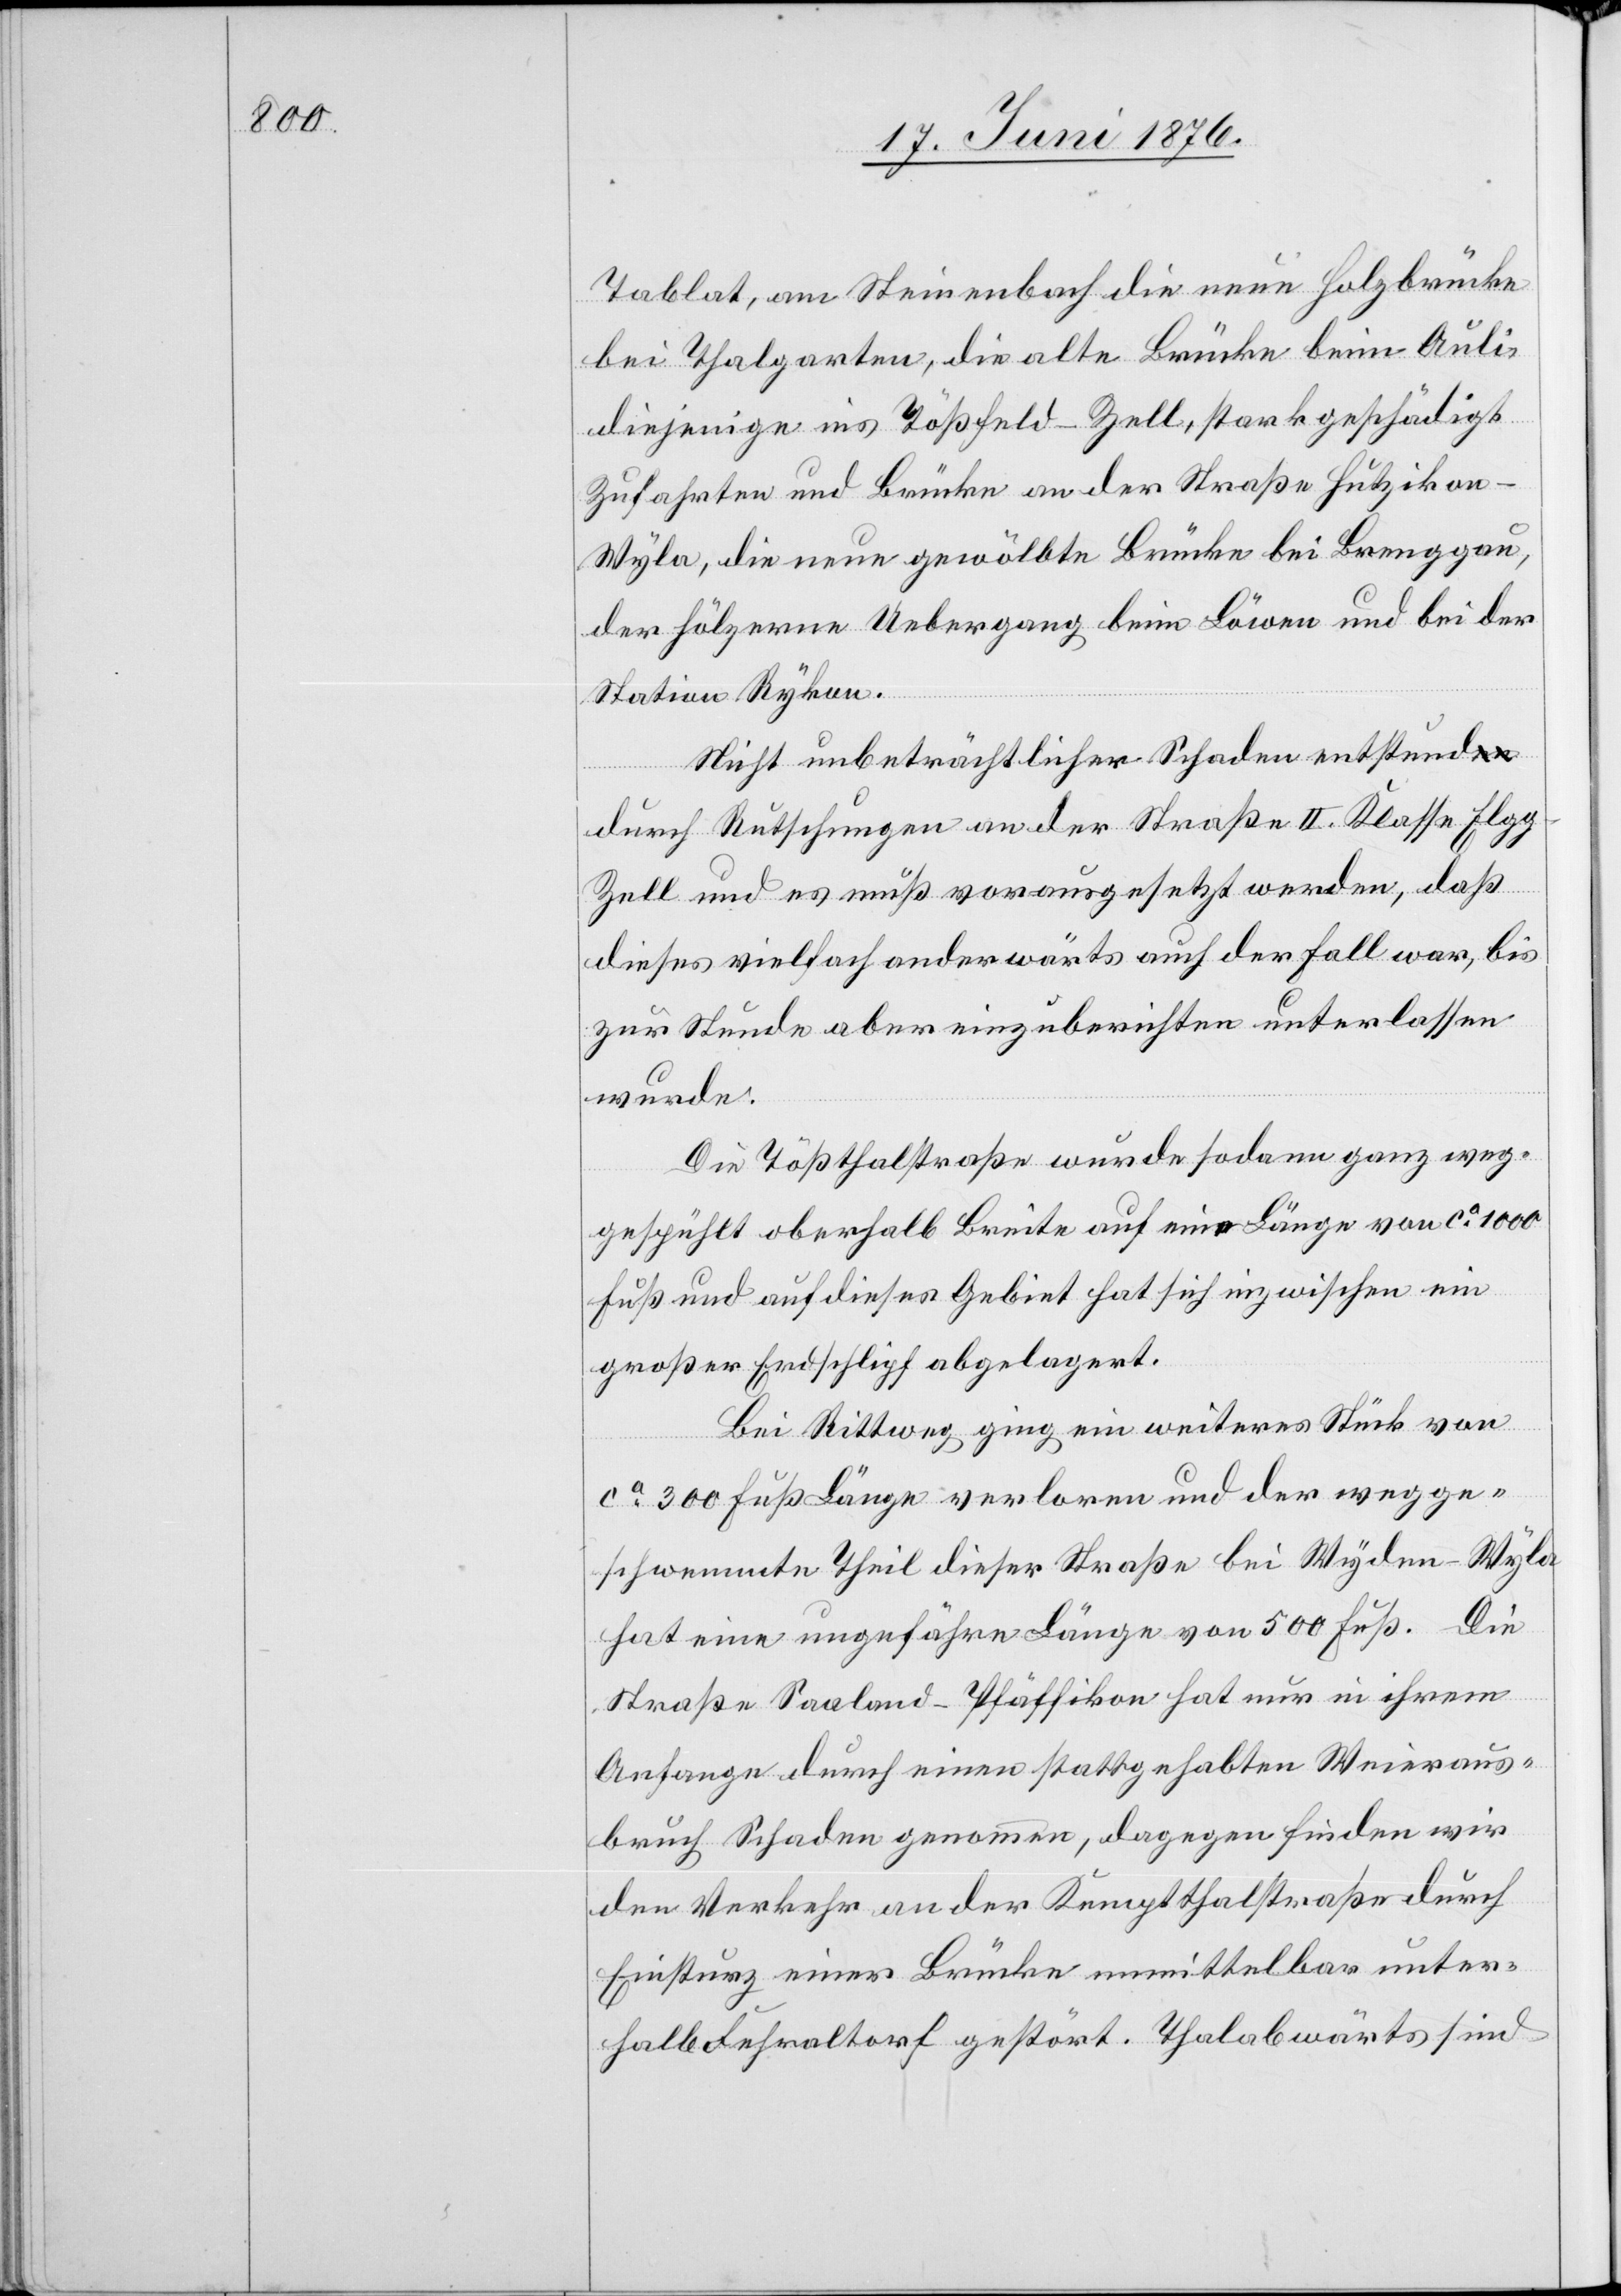
Tablat, am Steinenbach die neue Holzbrücke
bei Thalgarten, die alte Brücke beim Auli,
diejenige ins Tößfeld - Zell, stark geschädigt
Zufahrten und Brücke an der Straße Hutzikon,
der hölzerne Uebergang beim Löwen und bei der
Station Rykon.
Nicht unbeträchtlicher Schaden entstand
durch Rutschungen an der Straße II. Klasse Elg¬
g–Zell und es muß vorausgesetzt werden, daß
dieses vielfach anderwärts auch der Fall war, bis
zur Stunde aber einzuberichten unterlassen
wurde.
Die Tößthalstraße wurde sodann ganz weg¬
gespühlt oberhalb Breite auf eine Länge von ca 1000
Fuß und auf dieses Gebiet hat sich inzwischen ein
großer Erdschlipf abgelagert.
Bei Rittweg ging ein weiteres Stück von
ca 300 Fuß Länge verloren und der wegge¬
schwemmte Theil dieser Straße bei Wyden - Wyla
hat eine ungefähre Länge von 500 Fuß. Die
Straße Saaland–Pfäffikon hat nur in ihrem
Anfange durch einen stattgehabten Weieraus¬
bruch Schaden genommen, dagegen finden wir
den Verkehr an der Kemptthalstraße durch
Einsturz einer Brücke unmittelbar unter¬
halb Fehraltorf gestört. Thalabwärts sind